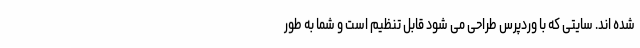
شده اند. سایتی که با وردپرس طراحی می شود قابل تنظیم است و شما به طور